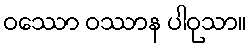
ဝဿော ဝဿာန ပါဝုသာ။